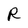
Character: R